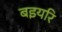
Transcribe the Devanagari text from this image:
बइयरि